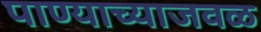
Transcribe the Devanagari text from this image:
पाण्याच्याजवळ